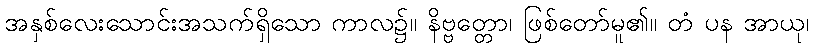
အနှစ်လေးသောင်းအသက်ရှိသော ကာလ၌။ နိဗ္ဗတ္တော၊ ဖြစ်တော်မူ၏။ တံ ပန အာယု၊